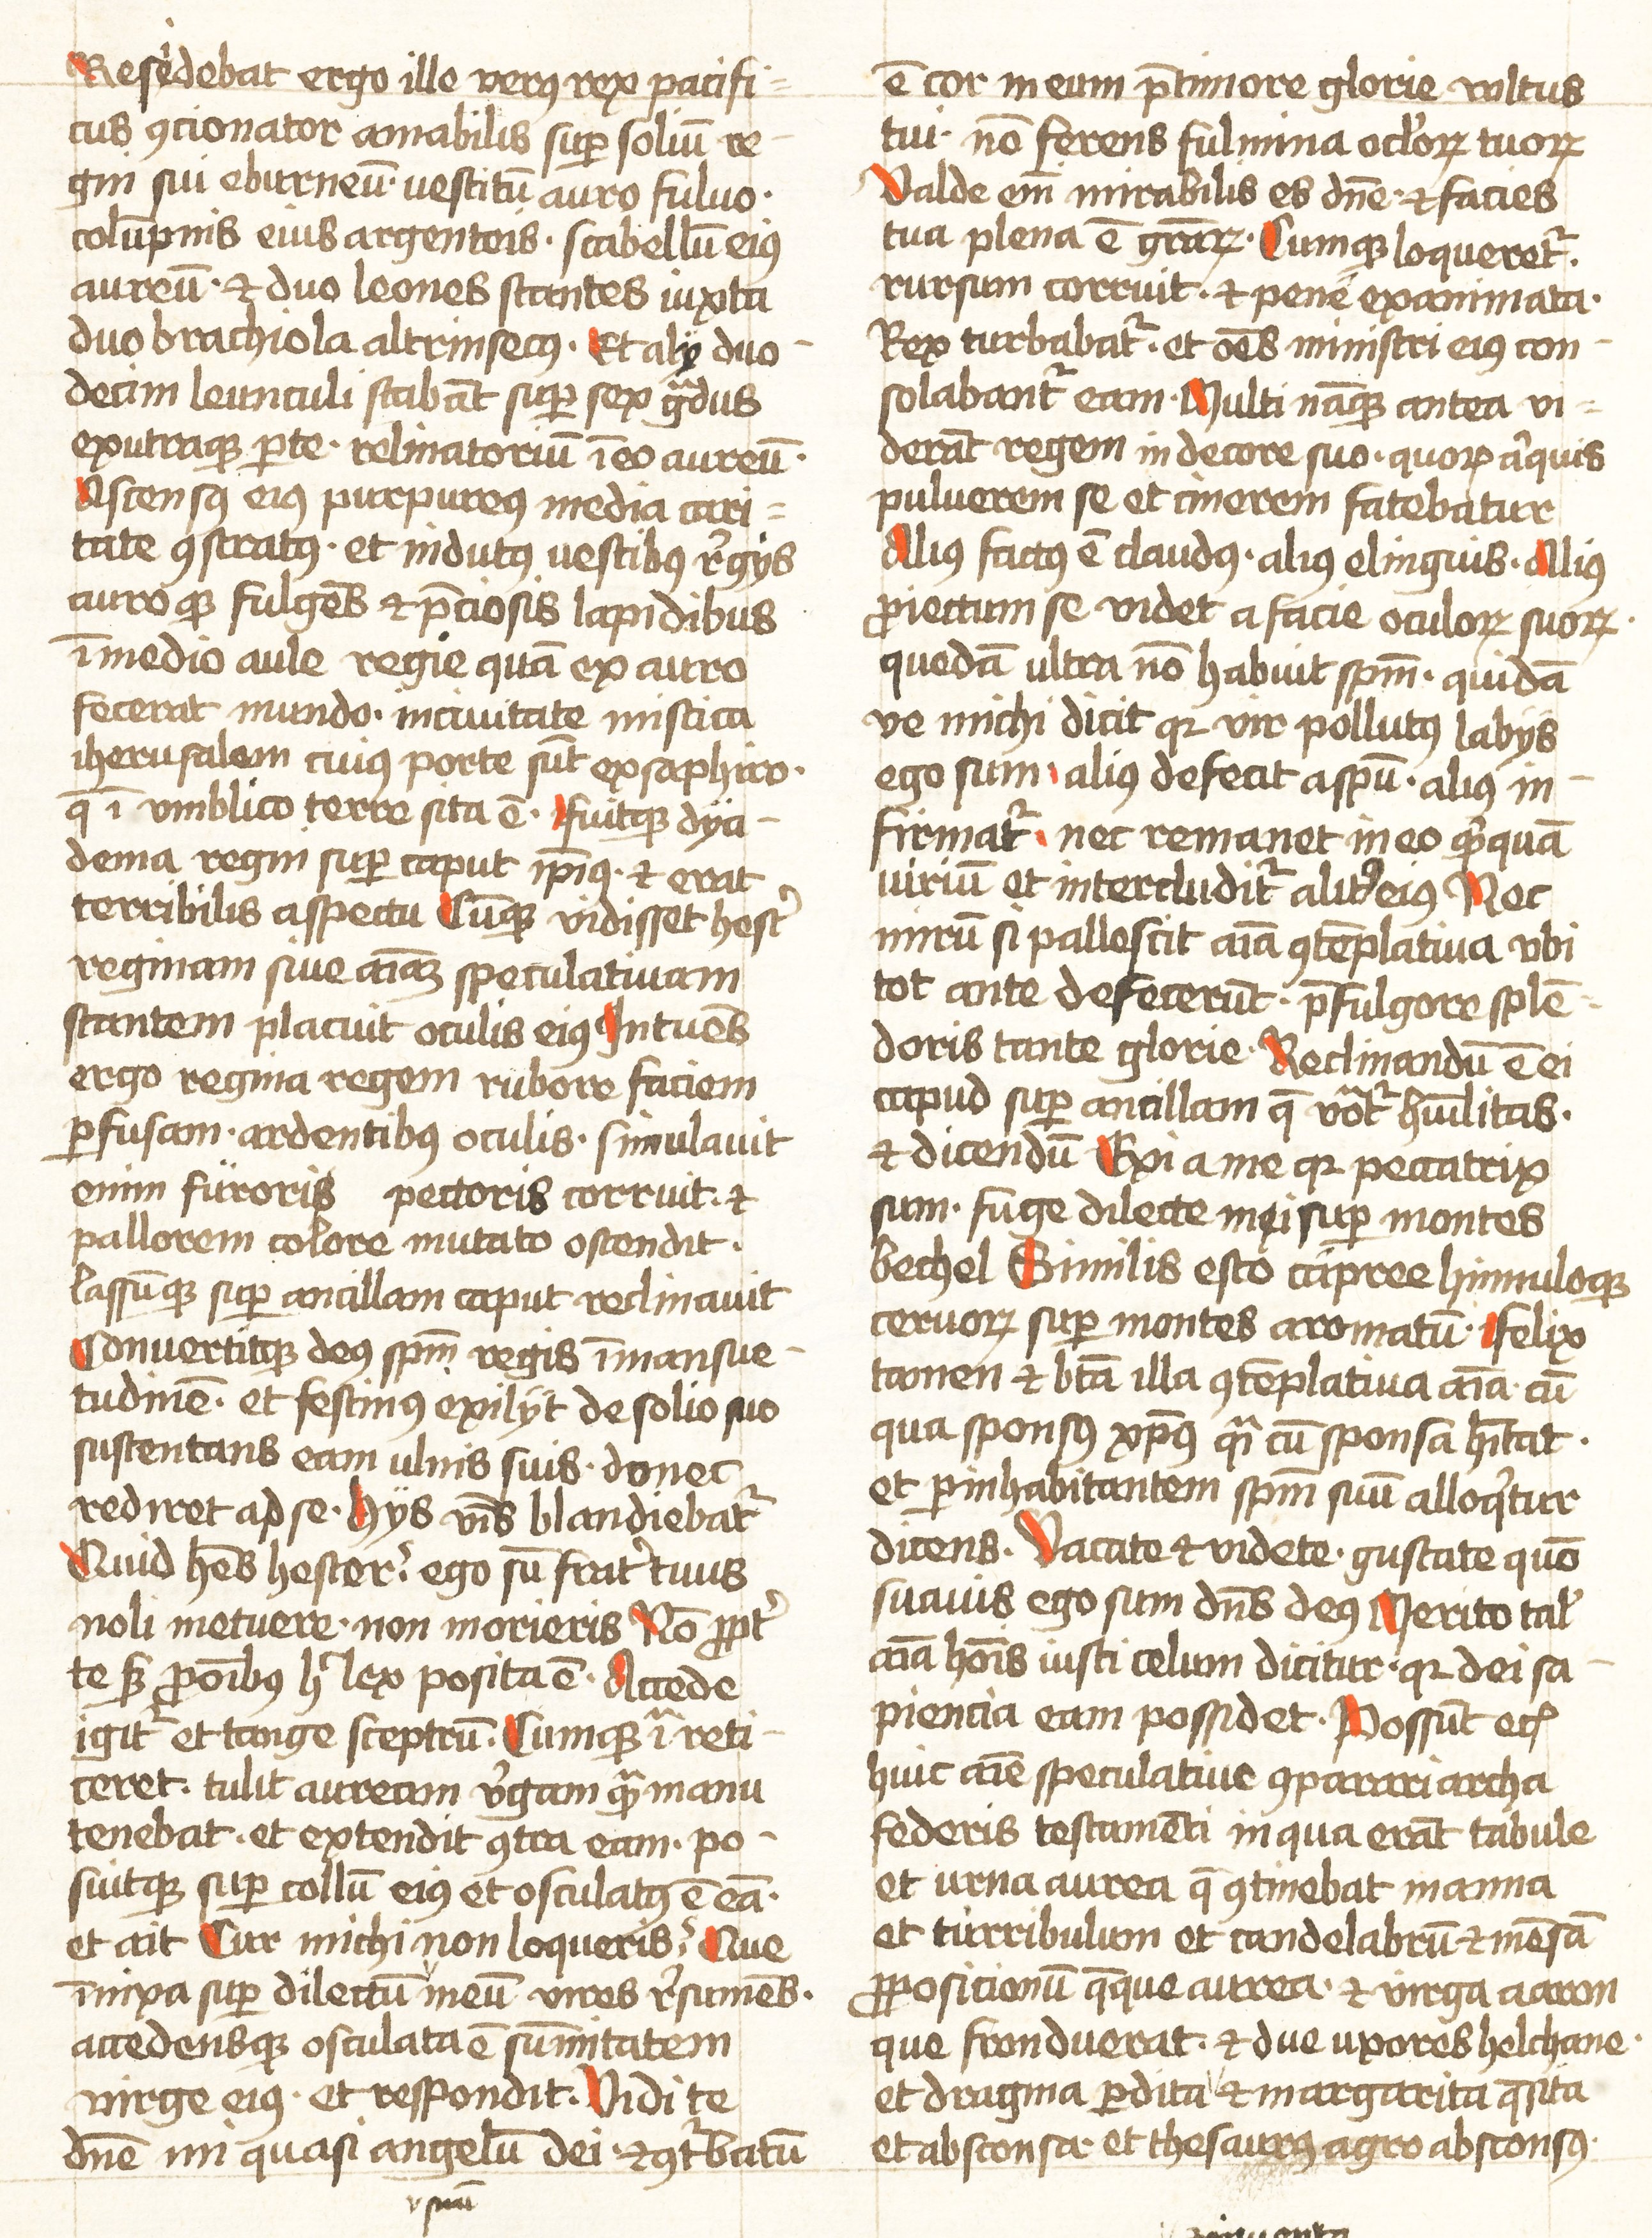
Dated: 1452–1459